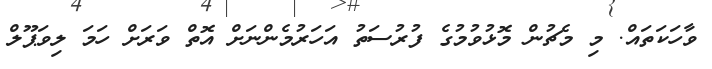
ވާހަކަތައް. މި މެޗުން މޮޅުވުމުގެ ފުރުސަތު އަހަރުމެންނަށް އޮތް ވަރަށް ހަމަ ލިވަޕޫލް